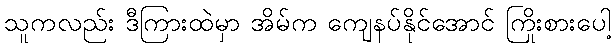
သူကလည်း ဒီကြားထဲမှာ အိမ်က ကျေနပ်နိုင်အောင် ကြိုးစားပေါ့